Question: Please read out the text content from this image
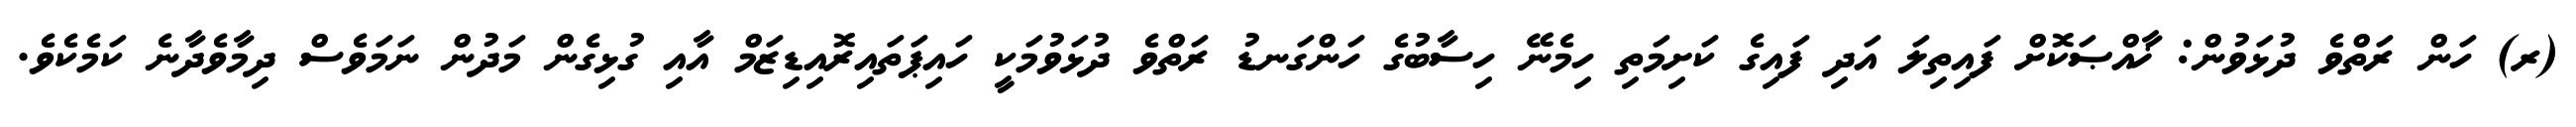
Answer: (ރ) ހަން ރަތްވެ ދުޅަވުން: ޚާއްޞަކޮށް ފައިތިލަ އަދި ފައިގެ ކަށިމަތި ހިމެނޭ ހިސާބުގެ ހަންގަނޑު ރަތްވެ ދުޅަވުމަކީ ހައިޕަތައިރޮއިޑިޒަމް އާއި ގުޅިގެން މަދުން ނަމަވެސް ދިމާވެދާނެ ކަމެކެވެ.